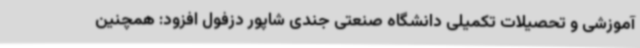
آموزشی و تحصیلات تکمیلی دانشگاه صنعتی جندی شاپور دزفول افزود: همچنین